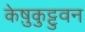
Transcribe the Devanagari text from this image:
केष़ुकुट्टुवन